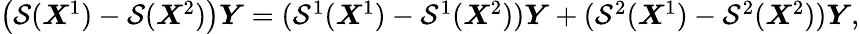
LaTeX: \begin{array}{r}{\big(\mathcal{S}(\boldsymbol{X}^{1})-\mathcal{S}(\boldsymbol{X}^{2})\big)\boldsymbol{Y}=(\mathcal{S}^{1}(\boldsymbol{X}^{1})-\mathcal{S}^{1}(\boldsymbol{X}^{2}))\boldsymbol{Y}+(\mathcal{S}^{2}(\boldsymbol{X}^{1})-\mathcal{S}^{2}(\boldsymbol{X}^{2}))\boldsymbol{Y},}\end{array}